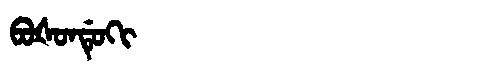
Manchu: ᠪᠣᡧᠣᠨᡩᡠᡴᡳ
Romanization: BOŠONDUKI